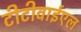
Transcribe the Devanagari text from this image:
टीटीवाईएल